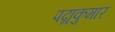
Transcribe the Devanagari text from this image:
पद्मकुमार